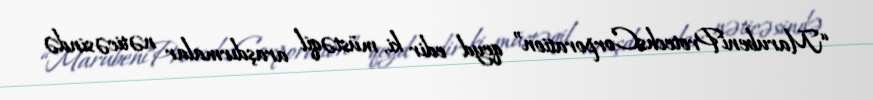
“MarubeniProtechsCorporation” qeyd edir ki, müstəqil araşdırmalar nəticəsində